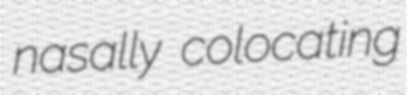
nasally colocating